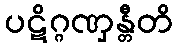
ပဋိဂ္ဂဏှန္တီတိ